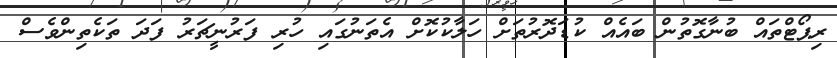
ރިޕޯޓްތައް ބުނާގޮތުން ބައެއް ކުޑަދޮރުތަށް ހަލާކުކޮށް އެތަނުގައި ހުރި ފަރުނީޗަރު ފަަދަ ތަކެތިންވެސް